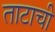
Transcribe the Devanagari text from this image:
ताटाची